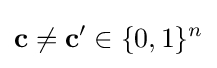
\mathbf {c} \neq \mathbf {c} '\in \{0,1\}^{n}